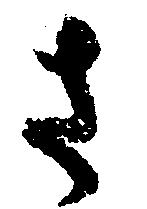
さ